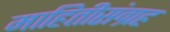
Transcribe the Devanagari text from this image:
माहितीसंग्रह